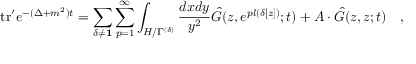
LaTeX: \mathrm { t r } ^ { \prime } e ^ { - ( \Delta + m ^ { 2 } ) t } = \sum _ { \delta \neq { \bf 1 } } \sum _ { p = 1 } ^ { \infty } \int _ { H / \Gamma ^ { ( \delta ) } } { \frac { d x d y } { y ^ { 2 } } } { \hat { G } } ( z , e ^ { p l ( \delta [ z ] ) } ; t ) + A \cdot { \hat { G } } ( z , z ; t ) \quad ,